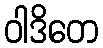
ဝါဒိတေ